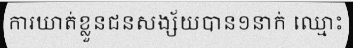
ការឃាត់ខ្លួនជនសង្ស័យបាន១នាក់ ឈ្មោះ